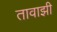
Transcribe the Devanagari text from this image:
तावाझी